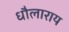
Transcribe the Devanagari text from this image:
धौलाराय